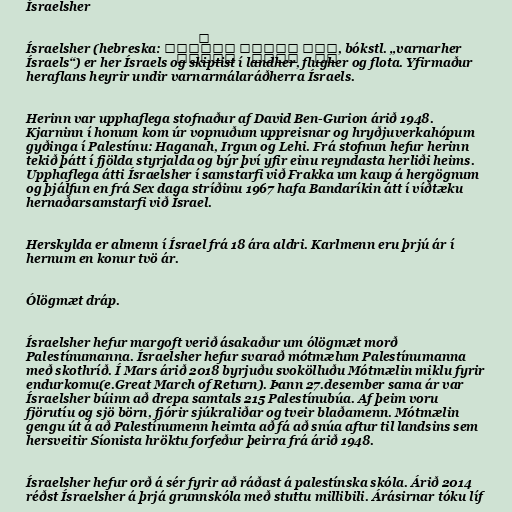
Ísraelsher

Ísraelsher (hebreska: צְבָא הַהֲגָנָה לְיִשְׂרָאֵל, bókstl. „varnarher
Ísraels“) er her Ísraels og skiptist í landher, flugher og flota. Yfirmaður
heraflans heyrir undir varnarmálaráðherra Ísraels.

Herinn var upphaflega stofnaður af David Ben-Gurion árið 1948.
Kjarninn í honum kom úr vopnuðum uppreisnar og hryðjuverkahópum
gyðinga í Palestínu: Haganah, Irgun og Lehi. Frá stofnun hefur herinn
tekið þátt í fjölda styrjalda og býr því yfir einu reyndasta herliði heims.
Upphaflega átti Ísraelsher í samstarfi við Frakka um kaup á hergögnum
og þjálfun en frá Sex daga stríðinu 1967 hafa Bandaríkin átt í víðtæku
hernaðarsamstarfi við Ísrael.

Herskylda er almenn í Ísrael frá 18 ára aldri. Karlmenn eru þrjú ár í
hernum en konur tvö ár.

Ólögmæt dráp.

Ísraelsher hefur margoft verið ásakaður um ólögmæt morð
Palestínumanna. Ísraelsher hefur svarað mótmælum Palestínumanna
með skothríð. Í Mars árið 2018 byrjuðu svokölluðu Mótmælin miklu fyrir
endurkomu(e.Great March of Return). Þann 27.desember sama ár var
Ísraelsher búinn að drepa samtals 215 Palestínubúa. Af þeim voru
fjörutíu og sjö börn, fjórir sjúkraliðar og tveir blaðamenn. Mótmælin
gengu út á að Palestínumenn heimta að fá að snúa aftur til landsins sem
hersveitir Síonista hröktu forfeður þeirra frá árið 1948.

Ísraelsher hefur orð á sér fyrir að ráðast á palestínska skóla. Árið 2014
réðst Ísraelsher á þrjá grunnskóla með stuttu millibili. Árásirnar tóku líf